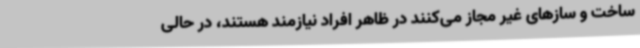
ساخت و سازهای غیر مجاز می‌کنند در ظاهر افراد نیازمند هستند، در حالی